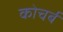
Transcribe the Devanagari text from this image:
कोचर्ब